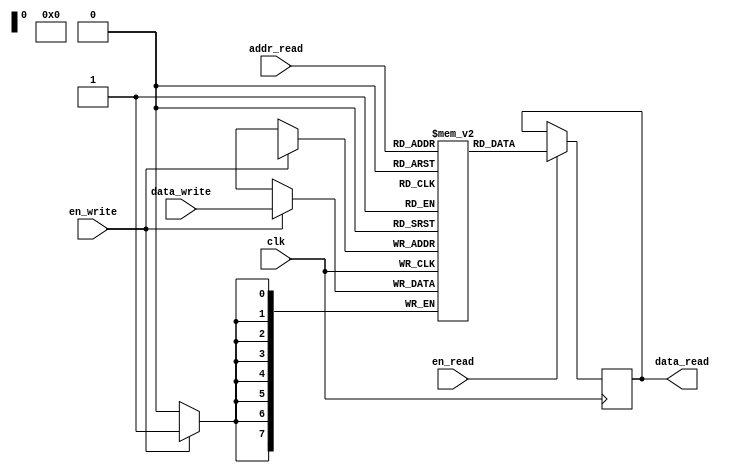
module dual_port_ram (
    input wire clk,
    input wire en_read,
    input wire en_write,
    input wire [7:0] addr_read,
    input wire [7:0] data_write,
    output reg [7:0] data_read
);

reg [7:0] mem [0:255]; // memory array with 256 locations

always @(posedge clk) begin
    if (en_read) begin
        data_read <= mem[addr_read];
    end
    
    if (en_write) begin
        mem[addr_write] <= data_write;
    end
end

endmodule